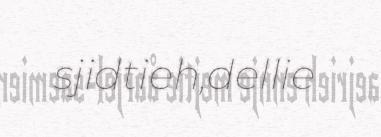
sjidtieh,dellie